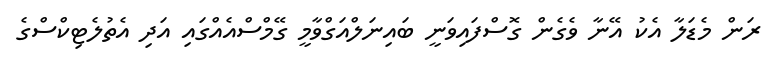
ރަން މެޑަލާ އެކު އޭނާ ވެގެން ގޮސްފައިވަނީ ބައިނަލްއަގްވާމީ ގޭމްސްއެއްގައި އަދި އެތުލެޓިކްސްގެ